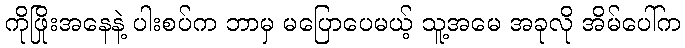
ကိုဖြိုးအနေနဲ့ ပါးစပ်က ဘာမှ မပြောပေမယ့် သူ့အမေ အခုလို အိမ်ပေါ်က